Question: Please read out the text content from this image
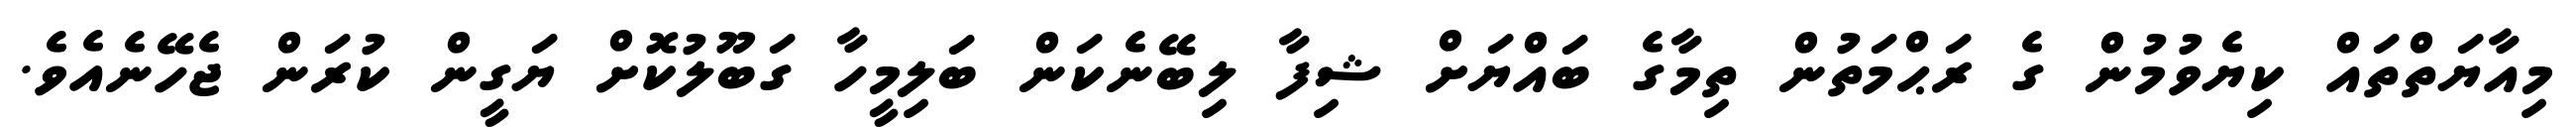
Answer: މިއާޔަތްތައް ކިޔެވުމުން ގެ ރަޙްމަތުން ތިމާގެ ބައްޔަށް ޝިފާ ލިބޭނެކަން ބަލިމީހާ ގަބޫލުކޮށް ޔަގީން ކުރަން ޖެހޭނެއެވެ.